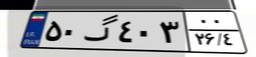
۵۰گ۴۰۳۰۰